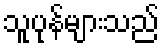
သူပုန်များသည်